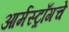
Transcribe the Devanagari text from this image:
आर्मस्ट्राँगचे